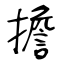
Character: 擔